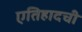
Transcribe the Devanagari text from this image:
एतिहादची